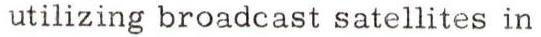
utilizing broadcast satellites in